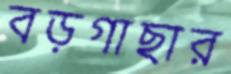
বড়গাছার